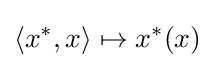
\left\langle x^{*},x\right\rangle \mapsto x^{*}(x)